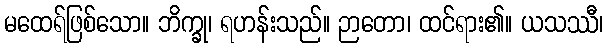
မထေရ်ဖြစ်သော။ ဘိက္ခု၊ ရဟန်းသည်။ ဉာတော၊ ထင်ရား၏။ ယသဿီ၊